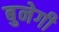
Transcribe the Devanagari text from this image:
बुनेगी